38_143685_box_Incident_Summaries_101-172
Agency: Department of War
Page 8
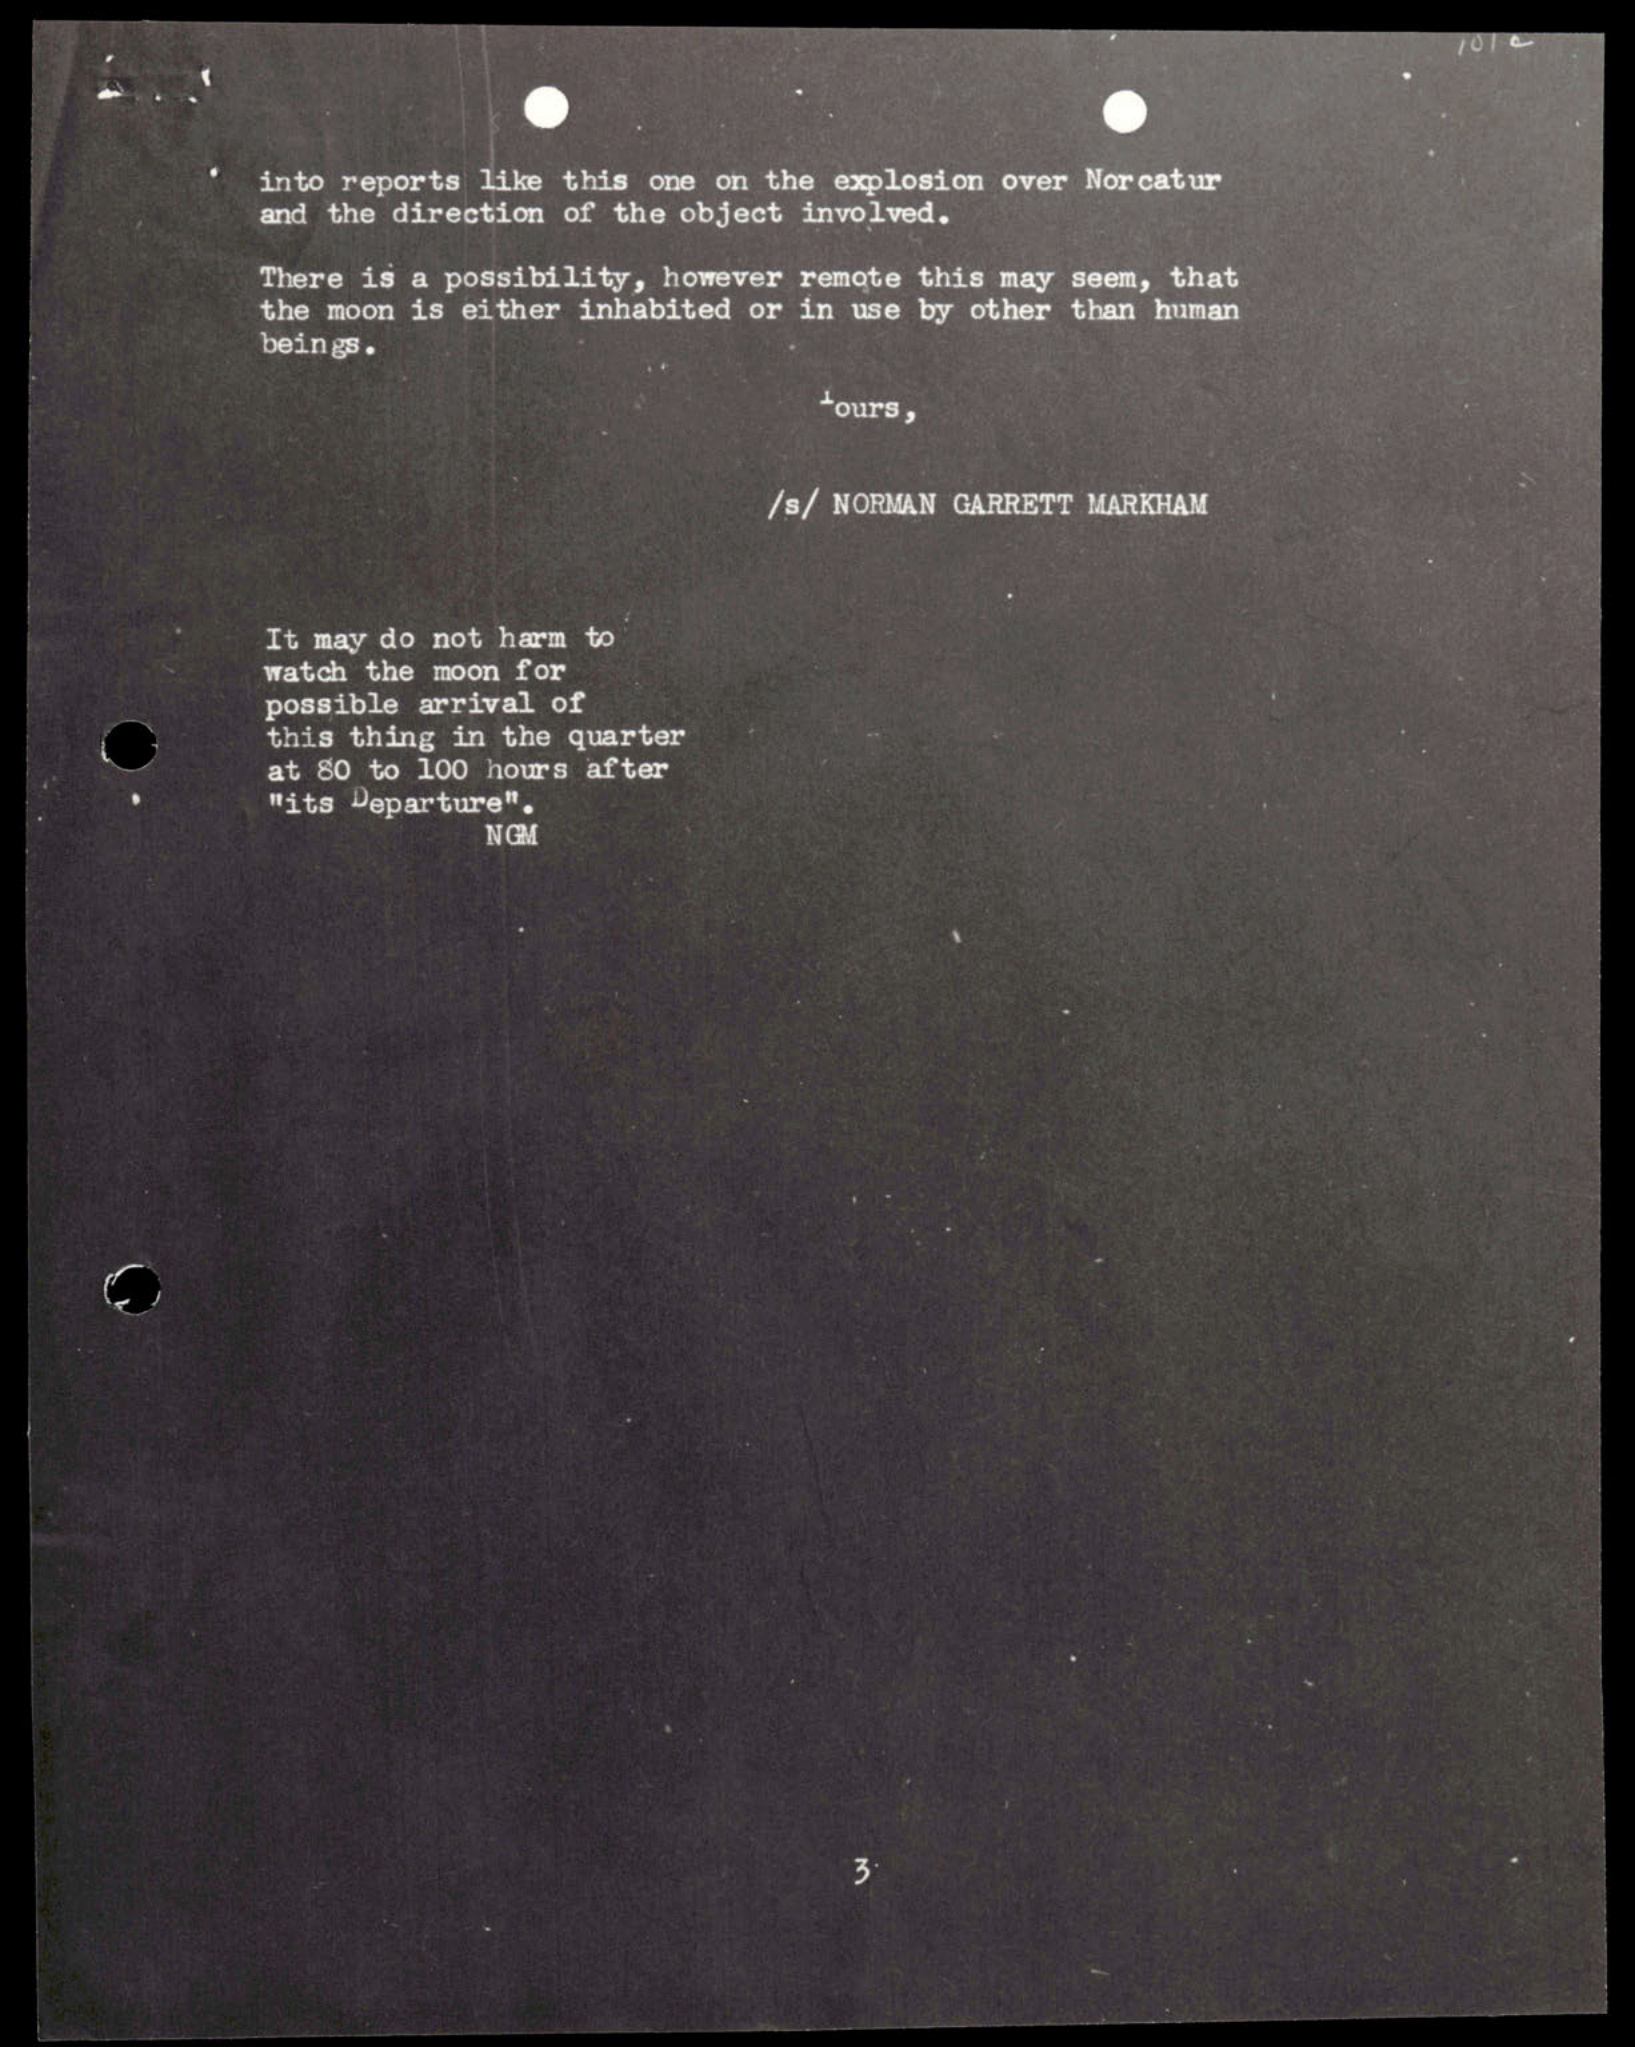